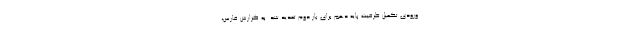
ورودی تکمیل ظرفیت پایه دهم برای بار دوم تمدید شد. به گزارش فارس،